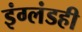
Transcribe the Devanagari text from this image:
इंग्लंडही